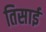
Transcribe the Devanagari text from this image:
तिसाई